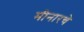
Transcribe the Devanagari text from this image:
मीनारचे